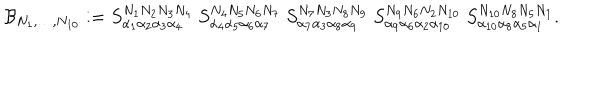
{ \cal B } _ { N _ { 1 } , \ldots , N _ { 1 0 } } : = { S } _ { \alpha _ { 1 } \alpha _ { 2 } \alpha _ { 3 } \alpha _ { 4 } } ^ { N _ { 1 } N _ { 2 } N _ { 3 } N _ { 4 } } \ { S } _ { \alpha _ { 4 } \alpha _ { 5 } \alpha _ { 6 } \alpha _ { 7 } } ^ { N _ { 4 } N _ { 5 } N _ { 6 } N _ { 7 } } \ { S } _ { \alpha _ { 7 } \alpha _ { 3 } \alpha _ { 8 } \alpha _ { 9 } } ^ { N _ { 7 } N _ { 3 } N _ { 8 } N _ { 9 } } \ { S } _ { \alpha _ { 9 } \alpha _ { 6 } \alpha _ { 2 } \alpha _ { 1 0 } } ^ { N _ { 9 } N _ { 6 } N _ { 2 } N _ { 1 0 } } \ { S } _ { \alpha _ { 1 0 } \alpha _ { 8 } \alpha _ { 5 } \alpha _ { 1 } } ^ { N _ { 1 0 } N _ { 8 } N _ { 5 } N _ { 1 } } .